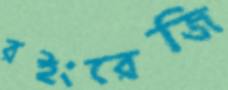
রইংরেজি